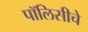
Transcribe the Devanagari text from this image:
पॉलिसीचे